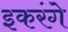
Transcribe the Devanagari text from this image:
इकरंगे